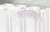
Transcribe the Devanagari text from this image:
मोरक्को